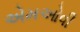
એમઓવી